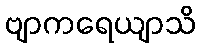
ဗျာကရေယျာသိ